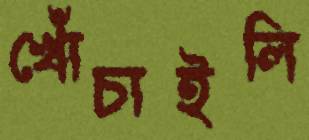
খোঁচাইলি